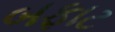
બફાટ